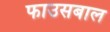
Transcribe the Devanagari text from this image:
फाउसबाल